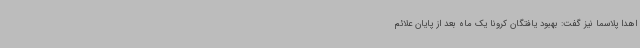
اهدا پلاسما نیز گفت: بهبود یافتگان کرونا یک ماه بعد از پایان علائم